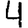
Digit: 4